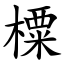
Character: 㯨